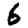
Digit: 6